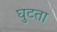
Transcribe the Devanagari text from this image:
घुटता